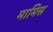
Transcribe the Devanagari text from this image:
मामिस